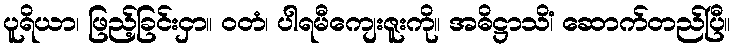
ပူရိယာ၊ ဖြည့်ခြင်းငှာ။ ဝတံ၊ ပါရမီကျေးဇူးကို။ အဓိဋ္ဌာသိံ၊ ဆောက်တည်ပြီ။